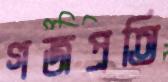
গজপ্রতি